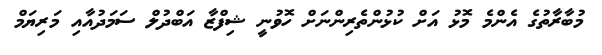
މުބާރާތުގެ އެންމެ މޮޅު އަށް ކުޅުންތެރިންނަށް ހޮވުނީ ޝިފްޒާ އަބްދުލް ސަމަދުއާއި މަރިޔަމް